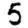
Digit: 5